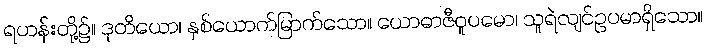
ရဟန်းတို့၌။ ဒုတိယော၊ နှစ်ယောက်မြာက်သော။ ယောဓာဇီဝူပမော၊ သူရဲလျင်ဥပမာရှိသော။